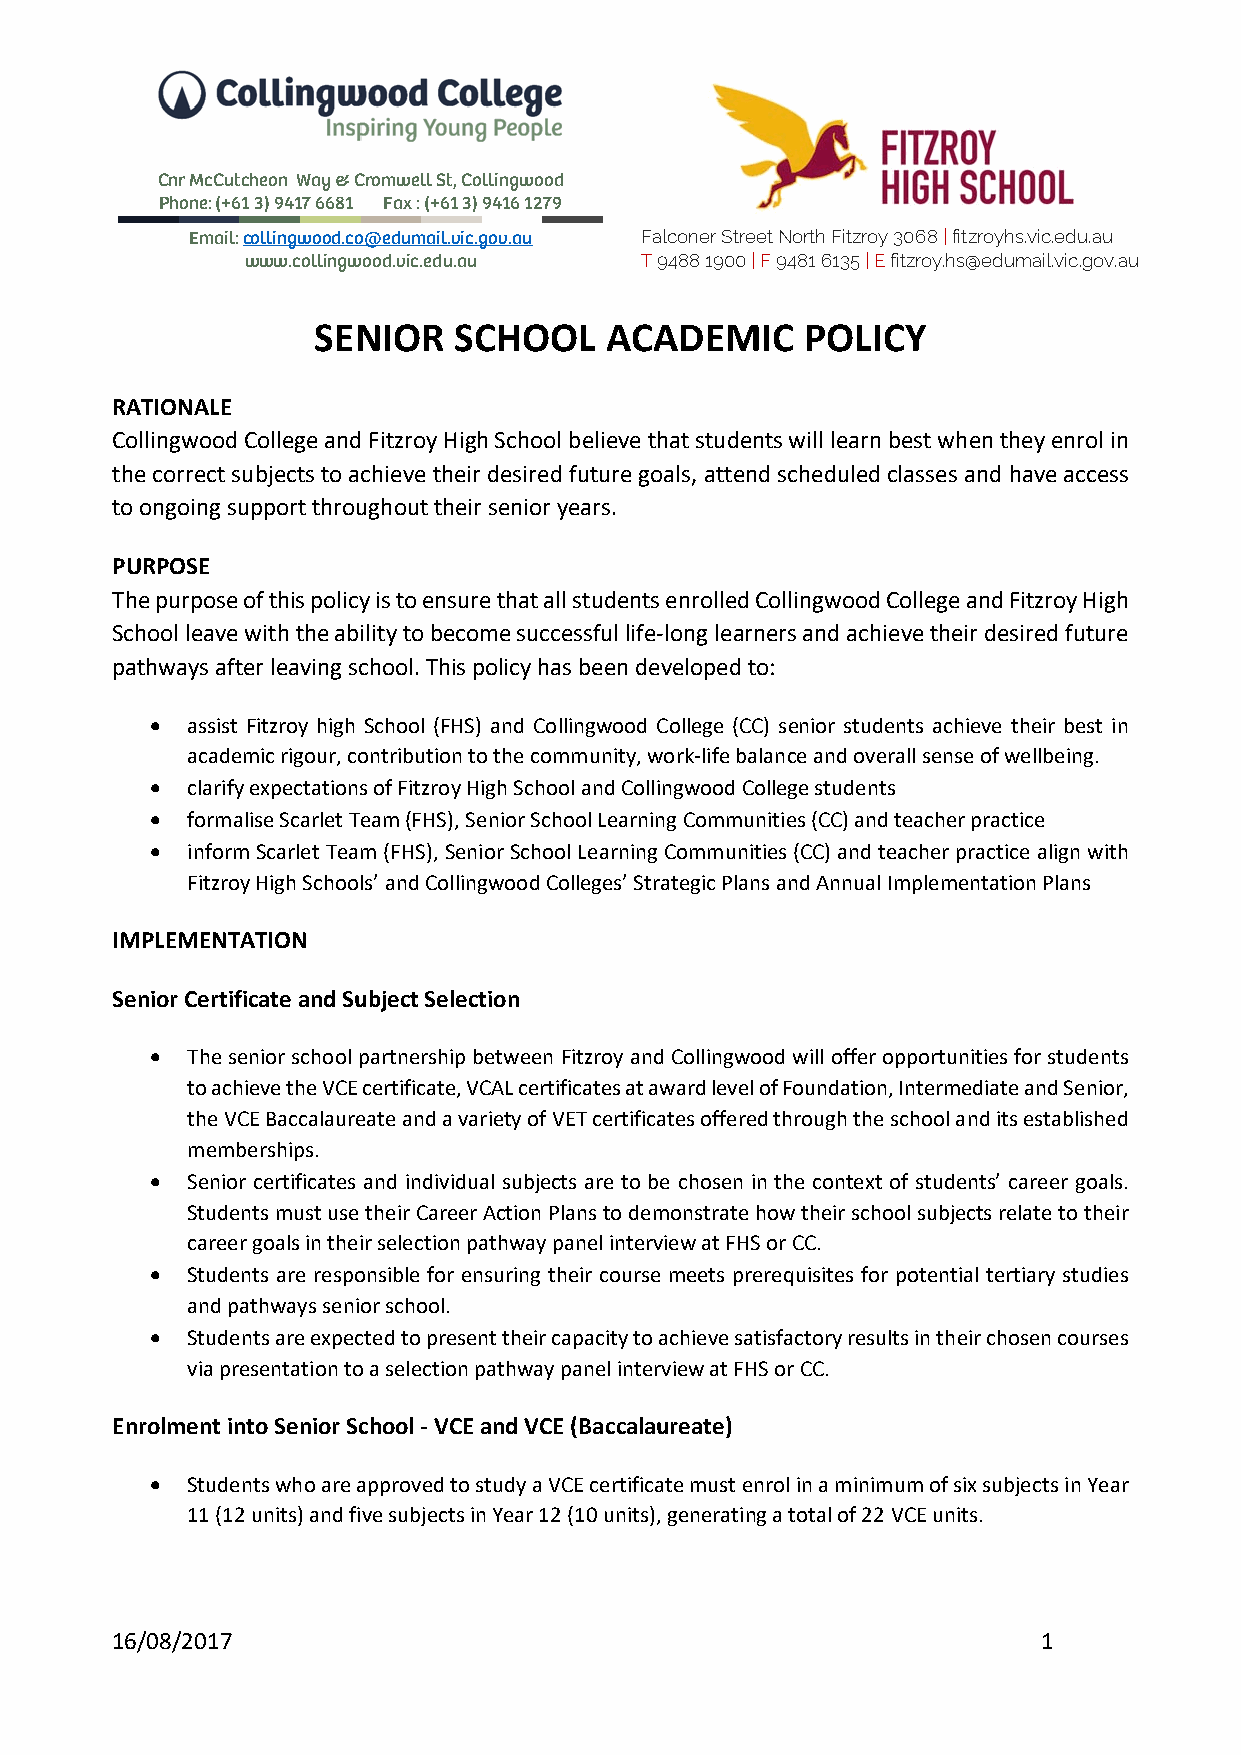
Cnr McCutcheon Way & Cromwell St, Collingwood
 Phone: (+61 3) 9417 6681 Fax : (+61 3) 9416 1279
 Em ail: coll ingwoo d.co @e dumail. vic.gov. au Falconer Street North Fitzroy 3068 | fitzroyhs.vic.edu.au
 www.collingwood.vic.edu.au T 9488 1900 | F 9481 6135 | E fitzroy.hs@edumail.vic.gov.au
 SENIOR   SCHOOL    ACADEMIC     POLICY
 RATIONALE
 Collingwood College and Fitzroy High School believe that students will learn best when they enrol in
 the correct subjects to achieve their desired future goals, attend scheduled classes and have access
 to ongoing support throughout their senior years.
 PURPOSE
 The purpose of this policy is to ensure that all students enrolled Collingwood College and Fitzroy High
 School leave with the ability to become successful life‐long learners and achieve their desired future
 pathways after leaving school. This policy has been developed to:
  assist Fitzroy high School (FHS) and Collingwood College (CC) senior students achieve their best in
 academic rigour, contribution to the community, work‐life balance and overall sense of wellbeing.
  clarify expectations of Fitzroy High School and Collingwood College students
  formalise Scarlet Team (FHS), Senior School Learning Communities (CC) and teacher practice
  inform Scarlet Team (FHS), Senior School Learning Communities (CC) and teacher practice align with
 Fitzroy High Schools’ and Collingwood Colleges’ Strategic Plans and Annual Implementation Plans
 IMPLEMENTATION
 Senior Certificate and Subject Selection
  The senior school partnership between Fitzroy and Collingwood will offer opportunities for students
 to achieve the VCE certificate, VCAL certificates at award level of Foundation, Intermediate and Senior,
 the VCE Baccalaureate and a variety of VET certificates offered through the school and its established
 memberships.
  Senior certificates and individual subjects are to be chosen in the context of students’ career goals.
 Students must use their Career Action Plans to demonstrate how their school subjects relate to their
 career goals in their selection pathway panel interview at FHS or CC.
  Students are responsible for ensuring their course meets prerequisites for potential tertiary studies
 and pathways senior school.
  Students are expected to present their capacity to achieve satisfactory results in their chosen courses
 via presentation to a selection pathway panel interview at FHS or CC.
 Enrolment into Senior School ‐ VCE and VCE (Baccalaureate)
  Students who are approved to study a VCE certificate must enrol in a minimum of six subjects in Year
 11 (12 units) and five subjects in Year 12 (10 units), generating a total of 22 VCE units.
 16/08/2017                                                    1